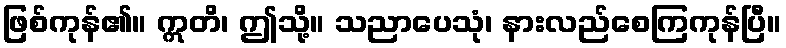
ဖြစ်ကုန်၏။ ဣတိ၊ ဤသို့။ သညာပေသုံ၊ နားလည်စေကြကုန်ပြီ။